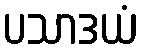
ပသာဒယံ